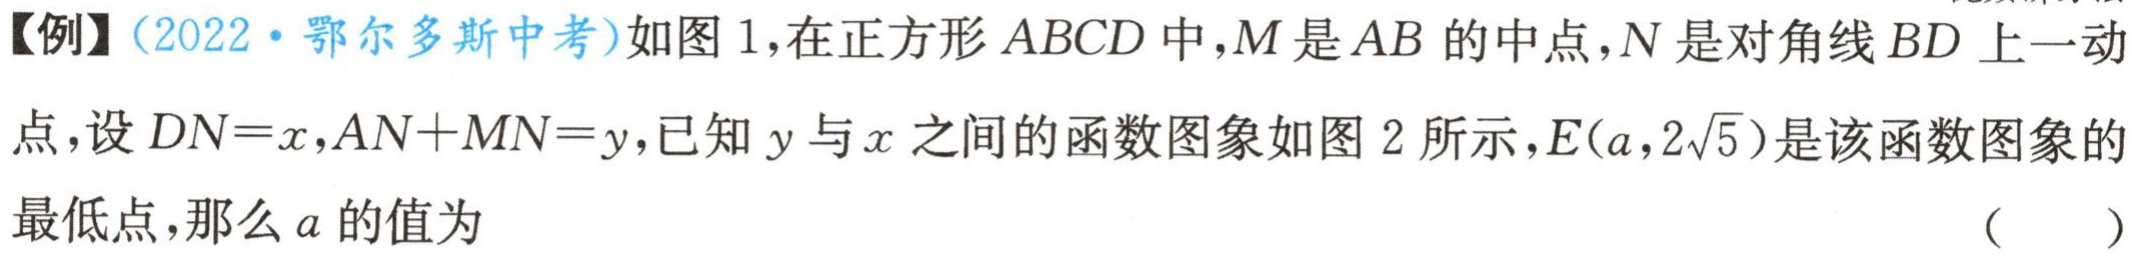
【例】（2022·鄂尔多斯中考）如图1，在正方形 \(ABCD\) 中，\(M\) 是 \(AB\) 的中点，\(N\) 是对角线 \(BD\) 上一动点，设 \(DN = x\)，\(AN + MN=y\)，已知 \(y\) 与 \(x\) 之间的函数图象如图2所示，\(E(a,2\sqrt{5})\) 是该函数图象的最低点，那么 \(a\) 的值为 （  ）